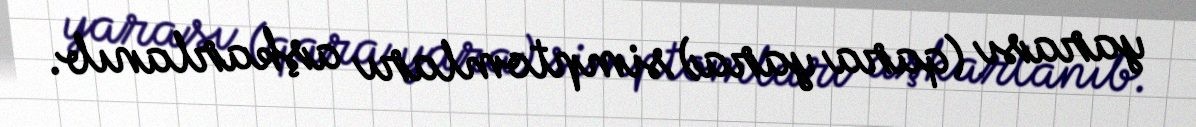
yarası (qara yara) simptomları aşkarlanıb.